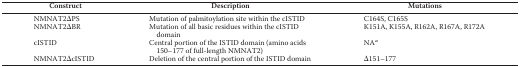
| Construct | Description | Mutations |
 | --- | --- | --- |
 | NMNAT2ΔPS | Mutation of palmitoylation site within the cISTID | C164S, C165S |
 | NMNAT2ΔBR | Mutation of all basic residues within the cISTID domain | K151A, K155A, R162A, R167A, R172A |
 | cISTID | Central portion of the ISTID domain (amino acids 150–177 of full-length NMNAT2) | NAa |
 | NMNAT2ΔcISTID | Deletion of the central portion of the ISTID domain | Δ151–177 |